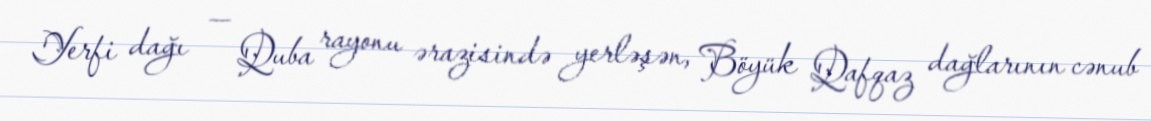
Yerfi dağı — Quba rayonu ərazisində yerləşən, Böyük Qafqaz dağlarının cənub